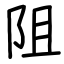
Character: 阻